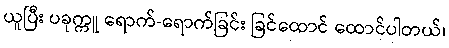
ယူပြီး ပခုက္ကူ ရောက်-ရောက်ခြင်း ခြင်ထောင် ထောင်ပါတယ်၊